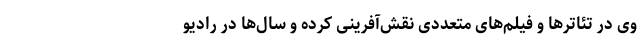
وی در تئاترها و فیلم‌های متعددی نقش‌آفرینی کرده و سال‌ها در رادیو